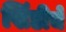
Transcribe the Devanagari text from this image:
खिंडीचे